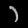
Digit: ၁